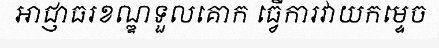
អាជ្ញាធរខណ្ឌទួលគោក ធ្វើការវាយកម្ទេច